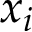
x _ { i }